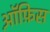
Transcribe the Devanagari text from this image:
ऑ़फ़िस